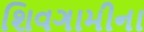
શિવગામીના